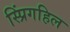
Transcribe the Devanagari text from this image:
स्प्रिंगहिल